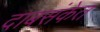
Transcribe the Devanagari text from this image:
दाबसंकेत